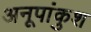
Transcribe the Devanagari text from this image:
अनूपांकुश